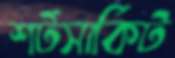
শর্টসার্কিট